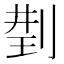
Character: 𠝆